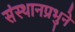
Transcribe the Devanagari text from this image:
संस्थानप्रभुने